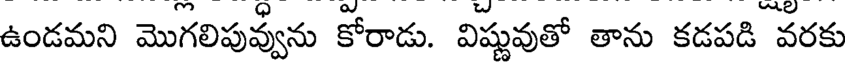
ఉండమని మొగలిపువ్వును కోరాడు. విష్ణువుతో తాను కడపడి వరకు